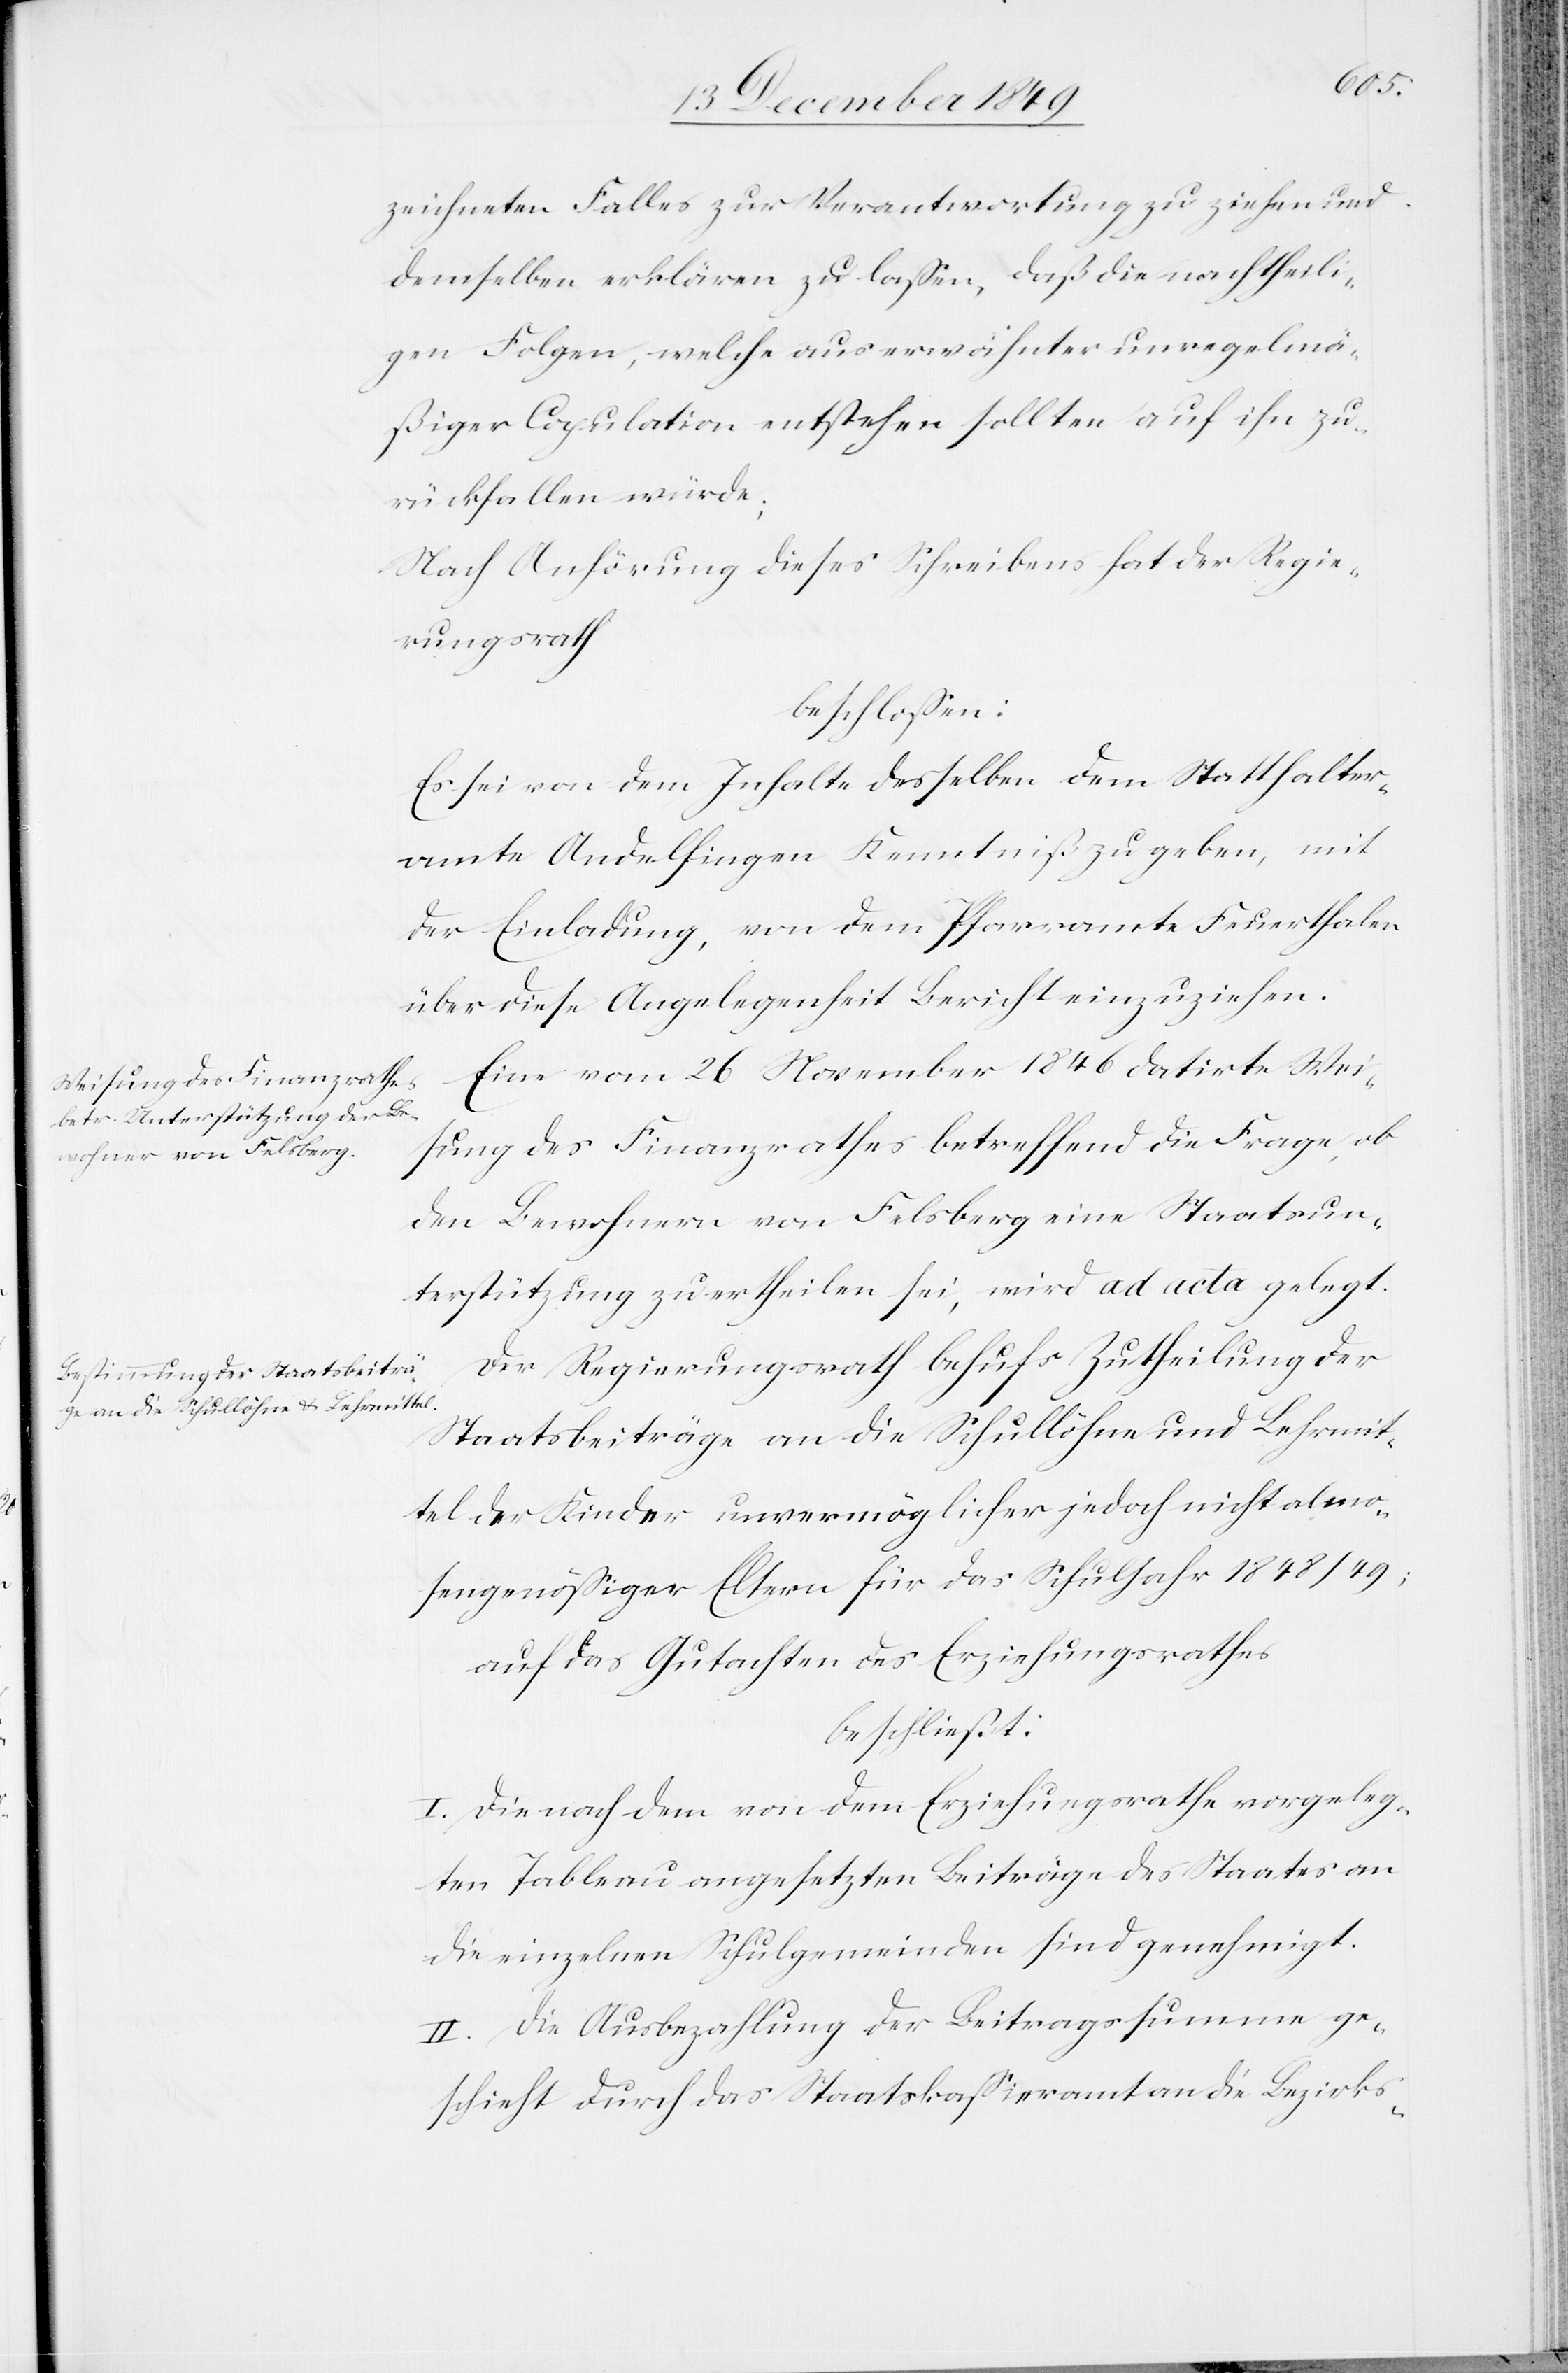
zeichneten Falles zur Verantwortung zu ziehen und
demselben erklären zu laßen, daß die nachtheili¬
gen Folgen, welche aus erwähnter unregelmä¬
ßiger Copulation entstehen sollten auf ihn zu¬
rückfallen würde;
Nach Anhörung dieses Schreibens hat der Regie¬
rungsrath
beschloßen:
Es sei von dem Inhalte desselben dem Statthalter¬
amte Andelfingen Kenntniß zu geben, mit
der Einladung, von dem Pfarramte Feuerthalen
über diese Angelegenheit Bericht einzuziehen.
Ein vom 26 November 1846 datirte Wei¬
sung des Finanzrathes betreffend die Frage, ob
den Bewohnern von Felsberg eine Staatsun¬
terstützung zu ertheilen sei, wird ad acta gelegt.
Der Regierungsrath behufs Zutheilung der
Staatsbeiträge an die Schullöhne und Lehrmit¬
tel der Kinder unvermöglicher jedoch nicht almo¬
sengenößiger Eltern für das Schuljahr 1848/49;
auf das Gutachten des Erziehungsrathes
beschließt:
I. Die nach dem von dem Erziehungsrathe vorgeleg¬
ten Tableau angesetzten Beiträge des Staates an
die einzelnen Schulgemeinden sind genehmigt.
II. Die Ausbezahlung der Beitragssumme ge¬
schieht durch das Staatskaßieramt an die Bezirks-